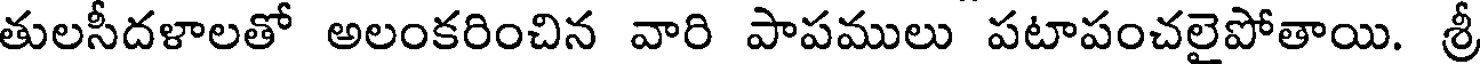
తులసీదళాలతో అలంకరించిన వారి పాపములు పటాపంచలైపోతాయి. శ్రీ